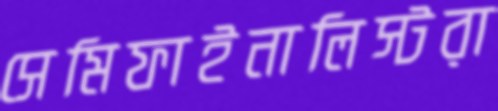
সেমিফাইনালিস্টরা